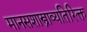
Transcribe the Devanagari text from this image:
मानसशास्त्राव्यतिरिक्त